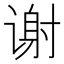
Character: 谢